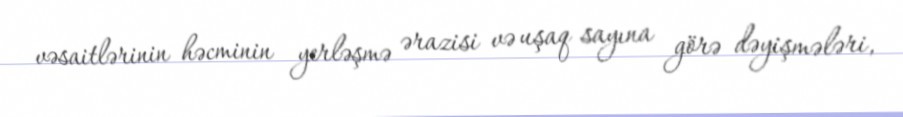
vəsaitlərinin həcminin yerləşmə ərazisi və uşaq sayına görə dəyişmələri,